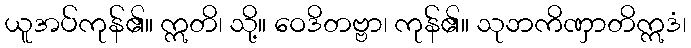
ယူအပ်ကုန်၏။ ဣတိ၊ သို့။ ဝေဒိတဗ္ဗာ၊ ကုန်၏။ သုဘကိဏှာတိဣဒံ၊